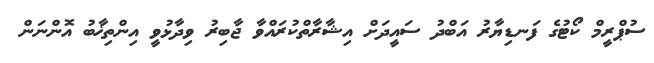
ސުޕްރީމް ކޯޓުގެ ފަނޑިޔާރު އަބްދު ސައީދަށް އިޝާރާތްކުރައްވާ ޖާބިރު ވިދާޅުވީ އިންތިޚާބު އޮންނަން